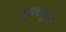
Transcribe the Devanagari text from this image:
वृहदणुओं